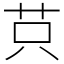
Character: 𦭜